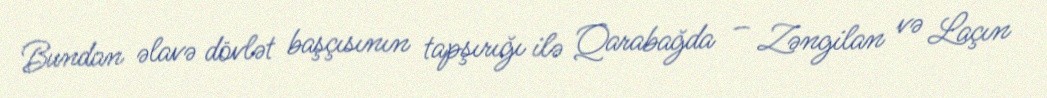
Bundan əlavə dövlət başçısının tapşırığı ilə Qarabağda – Zəngilan və Laçın